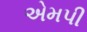
એમપી